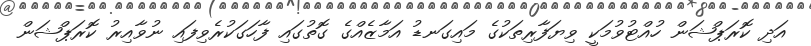
އަދި ކޮރަޕްޝަން ހުއްޓުވުމަކީ ވިޔަފާރިތަކުގެ މައިގަނޑު އަމާޒެއްގެ ގޮތުގައި ފާހަގަކުރެވިފައި ނުވާއިރު ކޮރަޕްޝަން